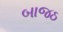
બાજઠ